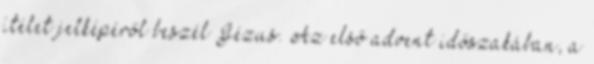
ítélet jelképéről beszél Jézus. Az első advent időszakában, a